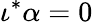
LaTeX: \iota^{*}\alpha=0